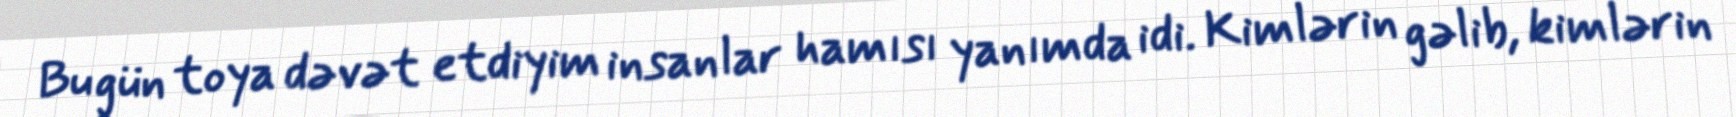
Bu gün toya dəvət etdiyim insanlar hamısı yanımda idi. Kimlərin gəlib, kimlərin